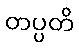
တပ္ပတိ